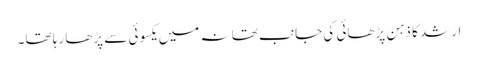
ارشد کا ذہن پڑھائی کی جانب تھا نہ میں یکسوئی سے پڑھا رہا تھا۔